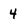
Character: 4